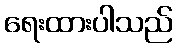
ရေးထားပါသည်